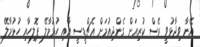
އޭނާ ވިދާޅުވީ ރޭސް ކުރިއަށް ގެންދިއުމަށް އެޗްޑީސީ އާއި ހުޅުމާލޭ ޕޮލިހާއި ހުޅުމާލޭ